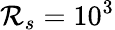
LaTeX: {\cal R}_{s}=10^{3}